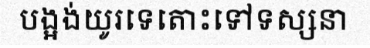
បង្អង់យូរទេតោះទៅទស្សនា